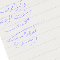
وكيل الوقف وخوري الرعية الحورى ىوحىا حىىب البيسري